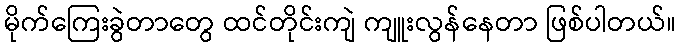
မိုက်ကြေးခွဲတာတွေ ထင်တိုင်းကျဲ ကျူးလွန်နေတာ ဖြစ်ပါတယ်။